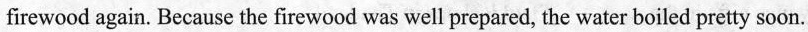
firewood again. Because the firewood was well prepared, the water boiled pretty soon.